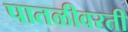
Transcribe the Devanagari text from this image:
पातळीवरती